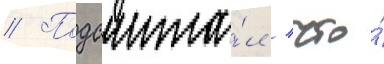
// Подсчита́л / что́